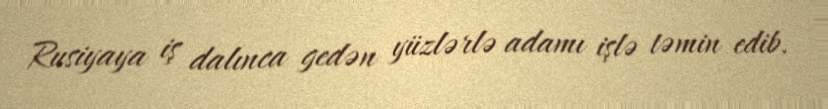
Rusiyaya iş dalınca gedən yüzlərlə adamı işlə təmin edib.